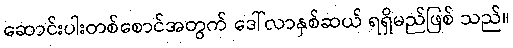
ဆောင်းပါးတစ်စောင်အတွက် ဒေါ်လာနှစ်ဆယ် ရရှိမည်ဖြစ် သည်။